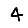
Digit: 4